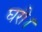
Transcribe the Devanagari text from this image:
घरी।